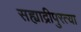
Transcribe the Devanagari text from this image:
सह्याद्रीपुरत्या